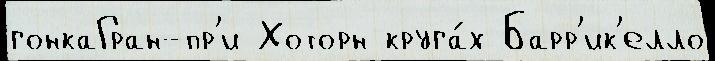
гонкаГран-пр'и Хоторн круга́х Барр'ик'елло